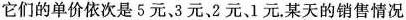
它们的单价依次是5元3元、2元、1元。某天的销售情况